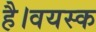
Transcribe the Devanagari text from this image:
है।वयस्क